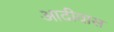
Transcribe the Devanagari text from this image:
आदीवास